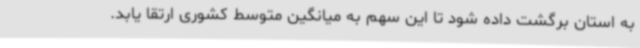
به استان برگشت داده شود تا این سهم به میانگین متوسط کشوری ارتقا یابد.